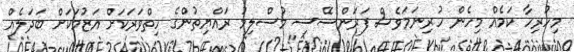
މިހުރިހާ ކަމެއް މިހެން ހުރިނަމަވެސް ފަރަންސޭސި މުސްލިމު ރައްޔިތުންގެ ހިތްވަރަކަށް އަޒުމަކަށް ބަދަލެއް